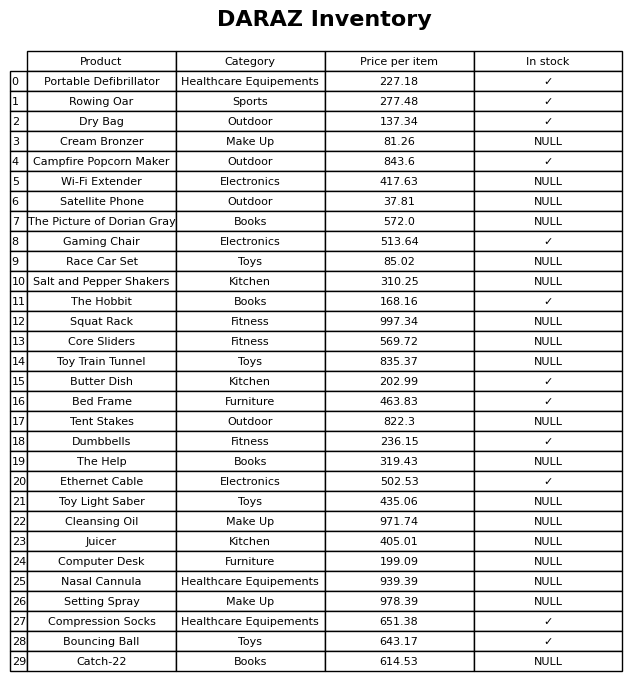
question: Is the Nasal Cannula in stock?
answer: NULL